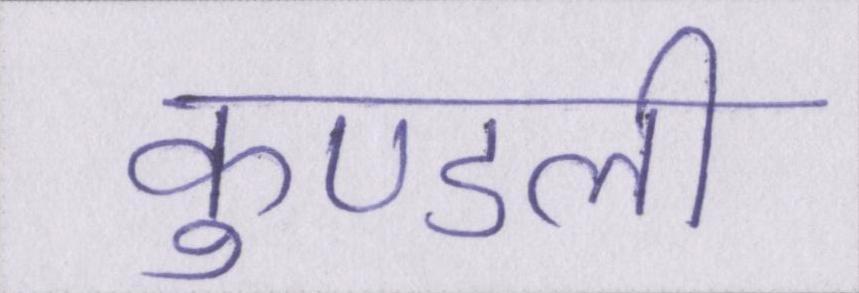
कुण्डली